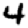
Digit: 4